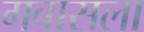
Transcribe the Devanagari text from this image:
गवासला